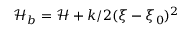
\mathcal { H } _ { b } = \mathcal { H } + k / 2 ( \xi - \xi _ { 0 } ) ^ { 2 }